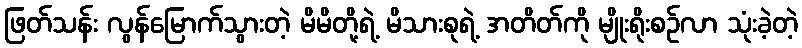
ဖြတ်သန်း လွန်မြောက်သွားတဲ့ မိမိတို့ရဲ့ မိသားစုရဲ့ အတိတ်ကို မျိုးရိုးစဉ်လာ သုံးခဲ့တဲ့